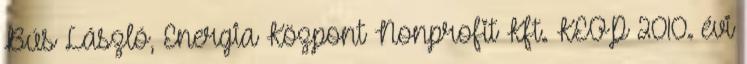
Bús László, Energia Központ Nonprofit Kft. KEOP 2010. évi